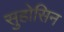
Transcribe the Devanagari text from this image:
सुहोसिन